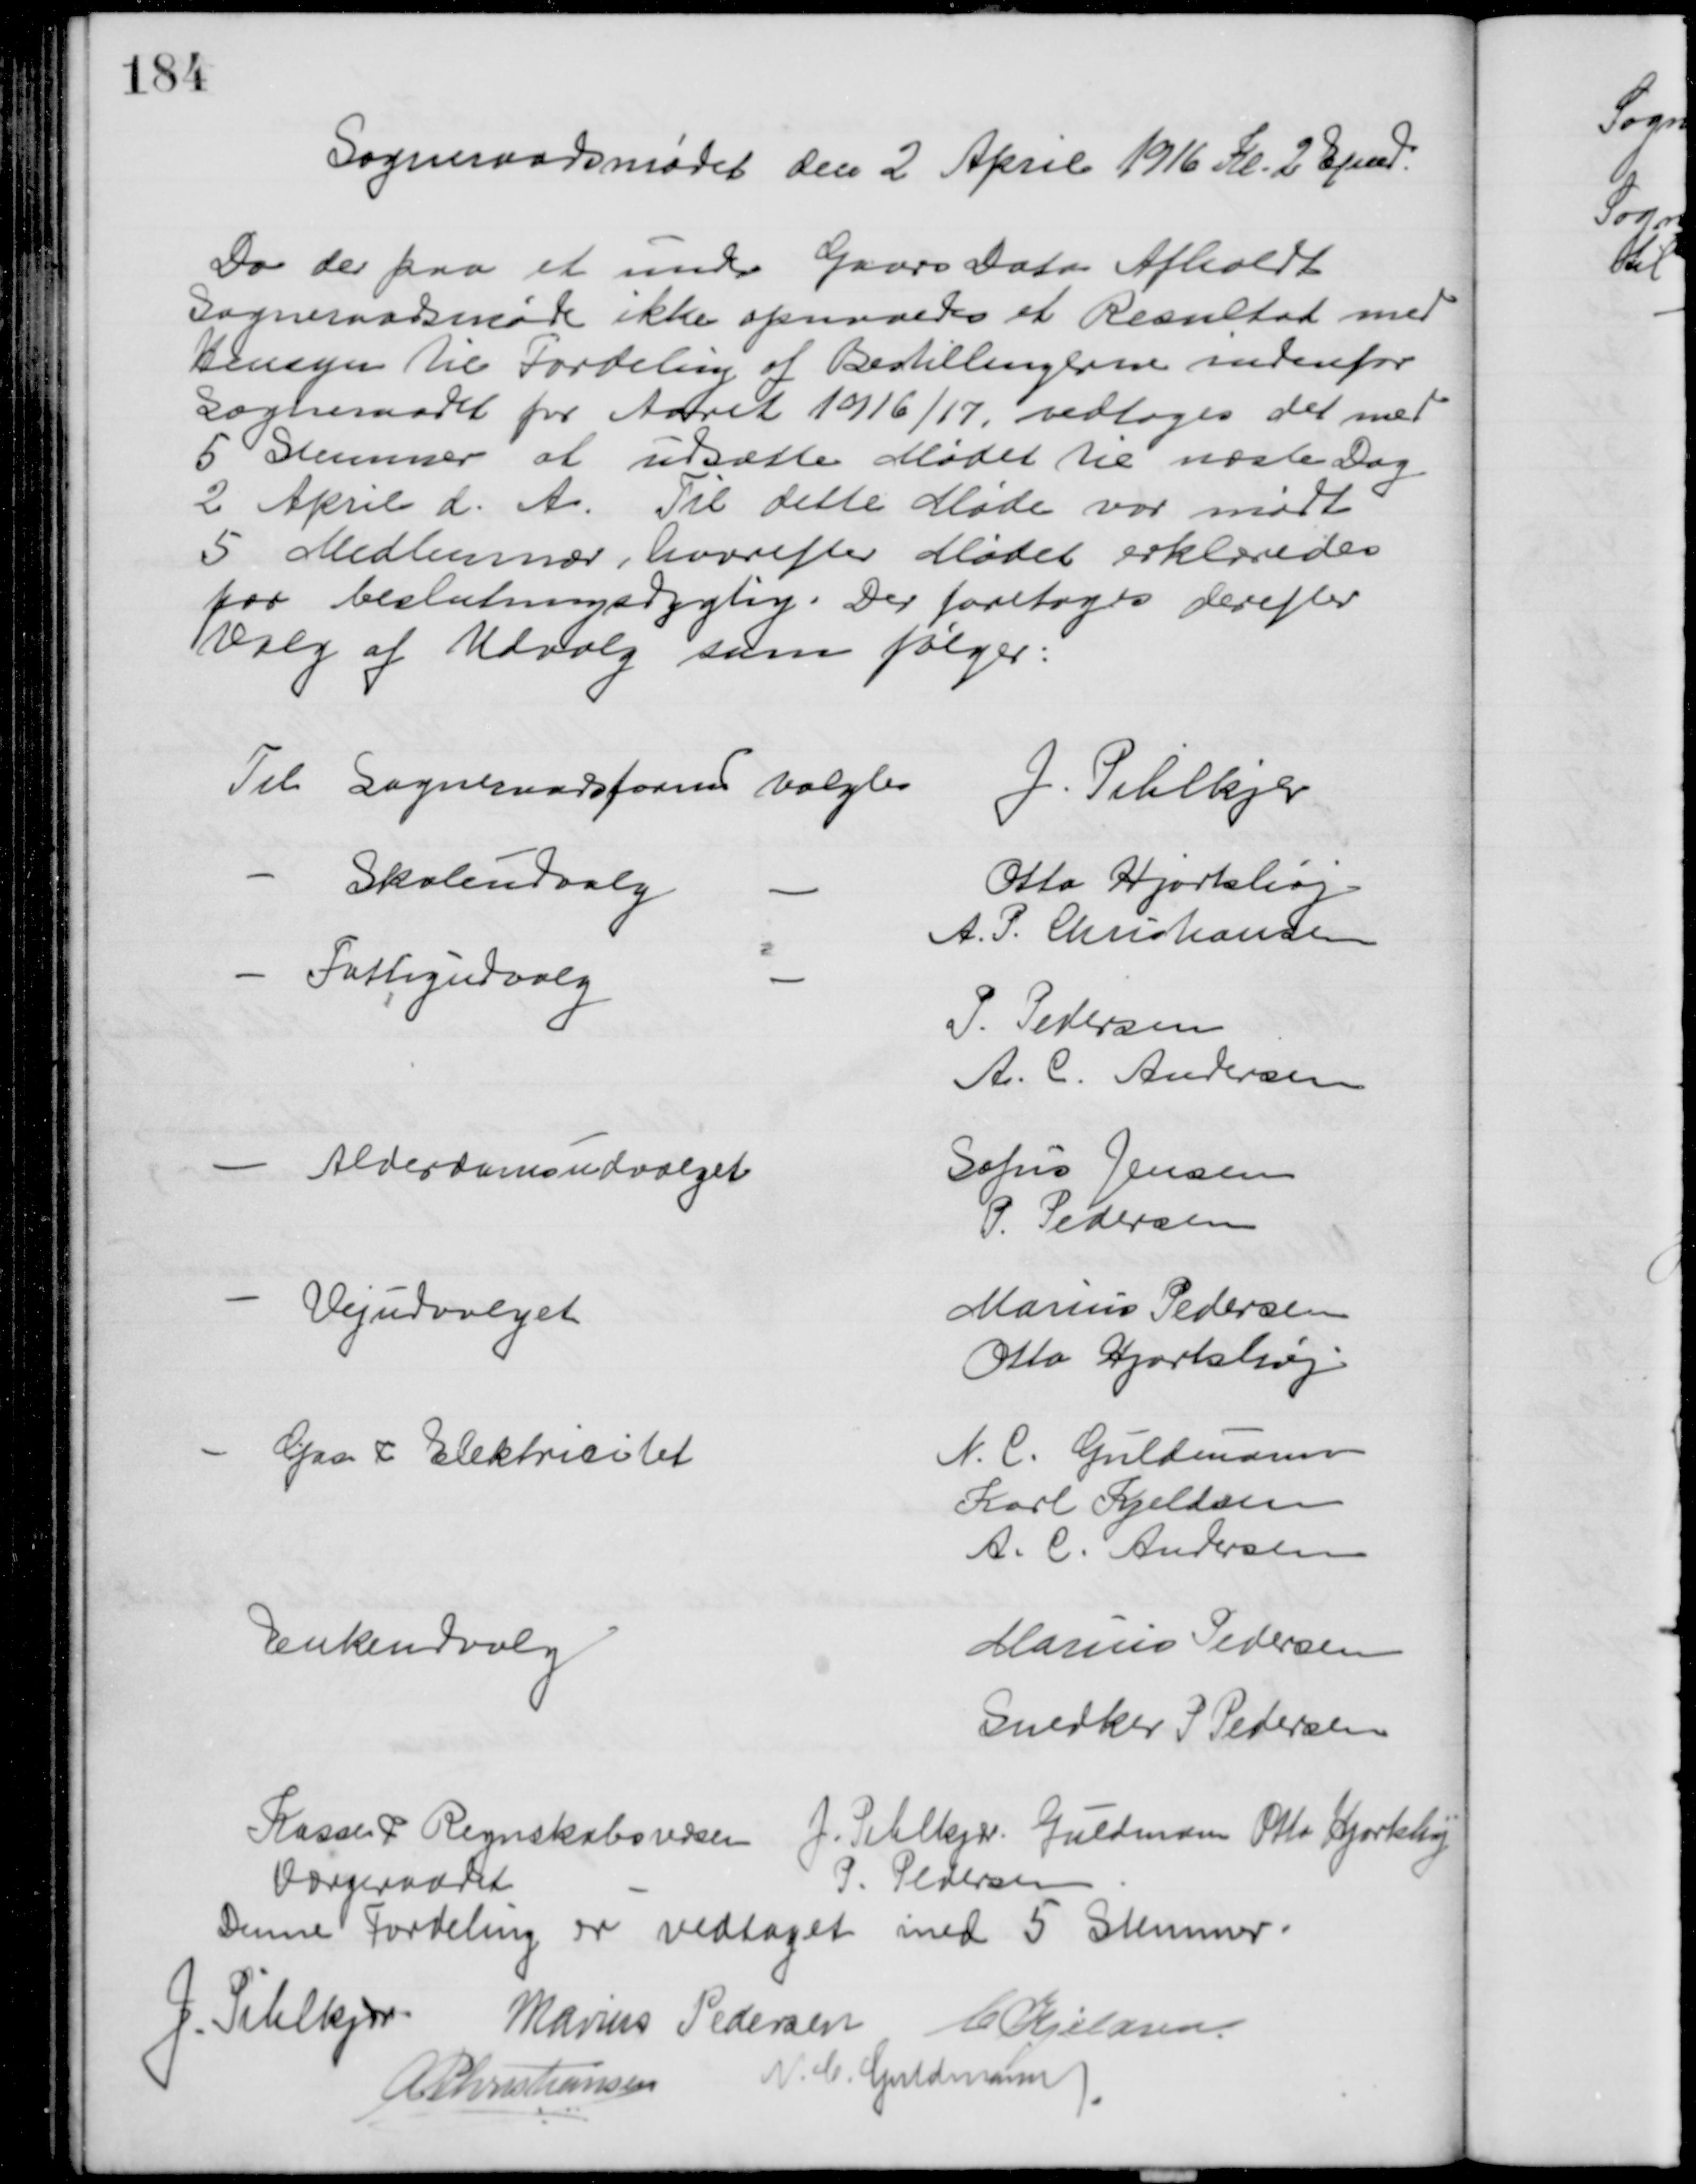
Transskription:
Sogneraadsmødet den 2 April 1916 Kl. 2 Efmd.
Da der paa et under Gaars Dato Afholdt
Sogneraadsmøde ikke opnaaedes et Resultat med
Hensyn til Fordeling af Bestillingerne indenfor
Sogneraadet for Aaret 1916/17, vedtoges det med
5 Stemmer at udsætte Mødet til næste Dag
2 April d. A. Til dette Møde var mødt
5 Medlemmer, hvorefter Mødet erklæredes
for beslutningsdygtig. Der foretoges derefter
Valg af Udvalg som følger:
Til Sogneraadsformd valgtes
J. Pihlkjær
Skoleudvalg
Otto Hjortshøj
A. P. Christiansen
Fattigudvalg
P. Pedersen
A. C. Andersen
Alderdomsudvalget
Sofus Jensen
P. Pedersen
Vejudvalget
Marius Pedersen
Otto Hjortshøj
Gas & Elektricitet
N. C. Guldmann
Karl Kjeldsen
A. C. Andersen
Enkeudvalg
Marius Pedersen
Snedker P Pedersen
Kasse & Regnskabsudv J. Pihlkjær. Guldmann Otto Hjortshøj
Værgeraadet
P. Pedersen
Denne Fordeling er vedtaget med 5 Stemmer.
J. Pihlkjær Marius Pedersen C. Kjeldsen
A. P. Christiansen N. C. Guldmann